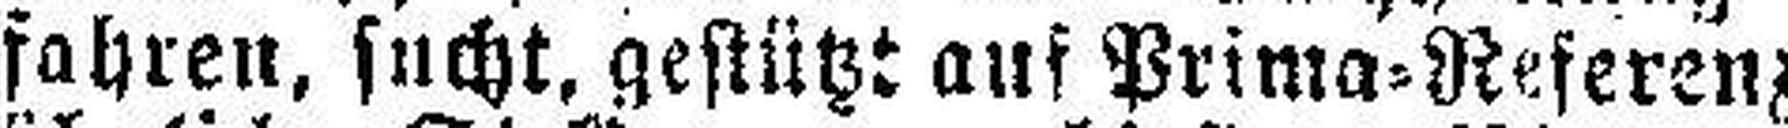
fahren, sucht, gestützt auf Prima=Referenzen,